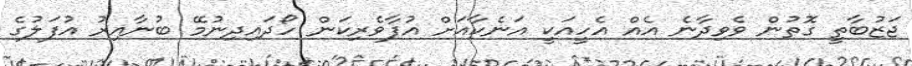
ޖަޒުބާތީ ގޮތުން ވެވިދާނެ އެއް އެހީއަކީ އަނެކާއަށް އުފާވެރިކަން ހޯދައިދިނުމޭ ބުނާއިރު އުފަލުގެ